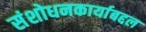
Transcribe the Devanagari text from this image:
संशोधनकार्याबद्दल